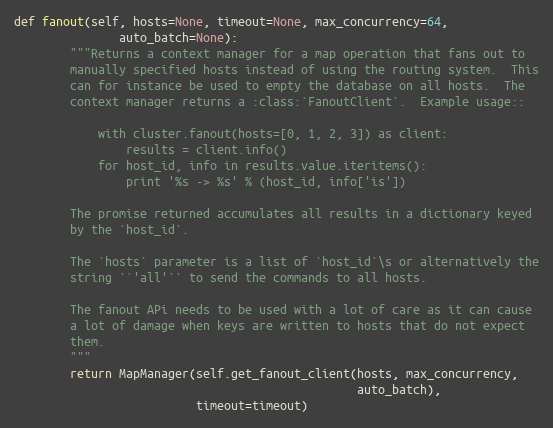
Language: Python
def fanout(self, hosts=None, timeout=None, max_concurrency=64,
               auto_batch=None):
        """Returns a context manager for a map operation that fans out to
        manually specified hosts instead of using the routing system.  This
        can for instance be used to empty the database on all hosts.  The
        context manager returns a :class:`FanoutClient`.  Example usage::

            with cluster.fanout(hosts=[0, 1, 2, 3]) as client:
                results = client.info()
            for host_id, info in results.value.iteritems():
                print '%s -> %s' % (host_id, info['is'])

        The promise returned accumulates all results in a dictionary keyed
        by the `host_id`.

        The `hosts` parameter is a list of `host_id`\s or alternatively the
        string ``'all'`` to send the commands to all hosts.

        The fanout APi needs to be used with a lot of care as it can cause
        a lot of damage when keys are written to hosts that do not expect
        them.
        """
        return MapManager(self.get_fanout_client(hosts, max_concurrency,
                                                 auto_batch),
                          timeout=timeout)